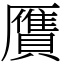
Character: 贋